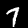
Label: 7